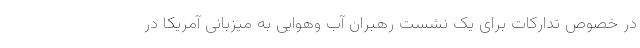
در خصوص تدارکات برای یک نشست رهبران آب وهوایی به میزبانی آمریکا در